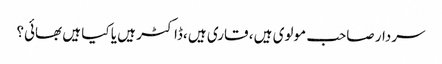
سردار صاحب مولوی ہیں ، قاری ہیں ،ڈاکٹر ہیں یا کیا ہیں بھائی؟